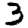
Digit: 3